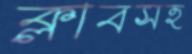
ক্লাবসহ